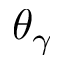
\theta _ { \gamma }